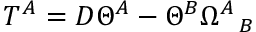
T ^ { A } = D \Theta ^ { A } - \Theta ^ { B } \Omega _ { ~ ~ B } ^ { A }